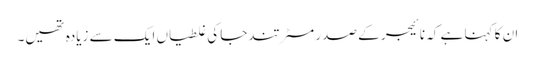
ان کا کہنا ہے کہ نائیجر کے صدر مسٹر تندجا کی غلطیاں ایک سے زیادہ تھیں۔